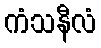
ကံသနီလံ